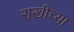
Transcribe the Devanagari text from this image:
राखीच्या